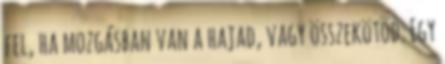
fel, ha mozgásban van a hajad, vagy összekötöd. Egy